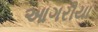
આગરીયા